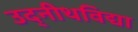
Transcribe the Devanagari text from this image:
उद्नीथविद्या